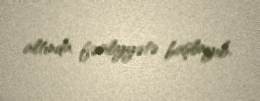
altında fəaliyyətə başlayıb.